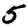
Digit: 5